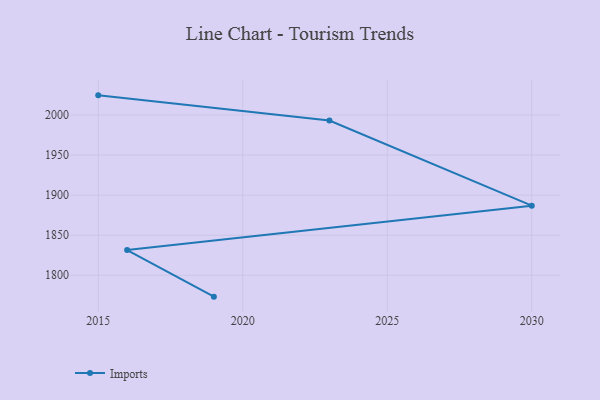
{"axis": {"x": "Year", "y": "Customer Acquisition Cost (USD)"}, "legend": ["Imports"], "data": [{"x": "2019", "y": 1773.3, "type": "Imports"}, {"x": "2016", "y": 1831.4, "type": "Imports"}, {"x": "2030", "y": 1886.9, "type": "Imports"}, {"x": "2023", "y": 1993.1, "type": "Imports"}, {"x": "2015", "y": 2024.6, "type": "Imports"}]}